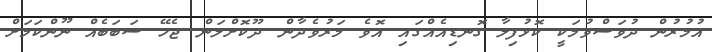
އުމުރުން ދުވަސްވުމަކީ ކޮޅުފިލާ ގޮނޑިއެއްގައި އޮވެ މަރުވެދާން ދޫކޮށްލަން ޖެހޭ ސަބަބެއް ނޫންކަމަށް